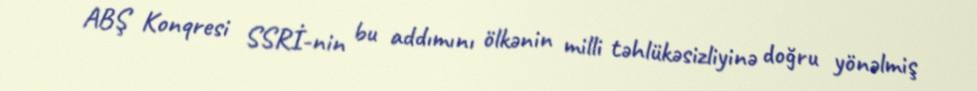
ABŞ Konqresi SSRİ-nin bu addımını ölkənin milli təhlükəsizliyinə doğru yönəlmiş